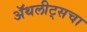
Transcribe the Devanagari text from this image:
ॲथलीट्सचा